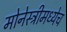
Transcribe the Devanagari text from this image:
मोनेस्ट्रीमध्येच